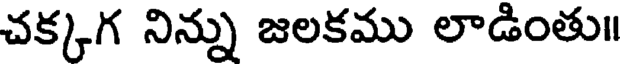
చక్కగ నిన్ను జలకము లాడింతు॥